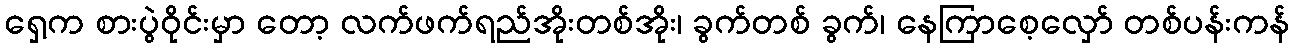
ရှေ့က စားပွဲဝိုင်းမှာ တော့ လက်ဖက်ရည်အိုးတစ်အိုး၊ ခွက်တစ် ခွက်၊ နေကြာစေ့လှော် တစ်ပန်းကန်